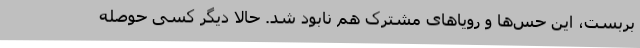
بربست، این حس‌ها و رویاهای مشترک هم نابود شد. حالا دیگر کسی حوصله